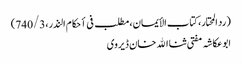
(رد المحتار، کتاب الأیمان، مطلب فی أحکام النذر،740/3)
ابوعکاشہ مفتی ثنا الله خان ڈیروی